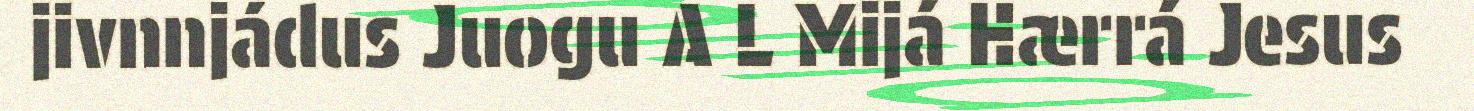
jivnnjádus Juogu A L Mijá Hærrá Jesus